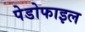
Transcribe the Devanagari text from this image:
पेडोफाइल